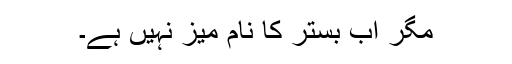
مگر اب بستر کا نام میز نہیں ہے۔